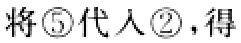
将\textcircled{5}代入\textcircled{2}，得